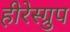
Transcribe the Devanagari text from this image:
हीरेस्ग्रुप